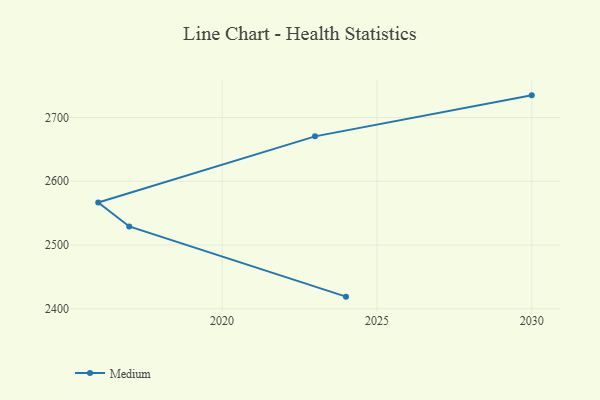
{"axis": {"x": "Year", "y": "Latency (ms)"}, "legend": ["Medium"], "data": [{"x": "2024", "y": 2419.0, "type": "Medium"}, {"x": "2017", "y": 2529.1, "type": "Medium"}, {"x": "2016", "y": 2566.6, "type": "Medium"}, {"x": "2023", "y": 2670.4, "type": "Medium"}, {"x": "2030", "y": 2734.7, "type": "Medium"}]}